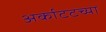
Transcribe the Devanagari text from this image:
अर्काटटच्या